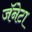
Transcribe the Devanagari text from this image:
जॅनेटा